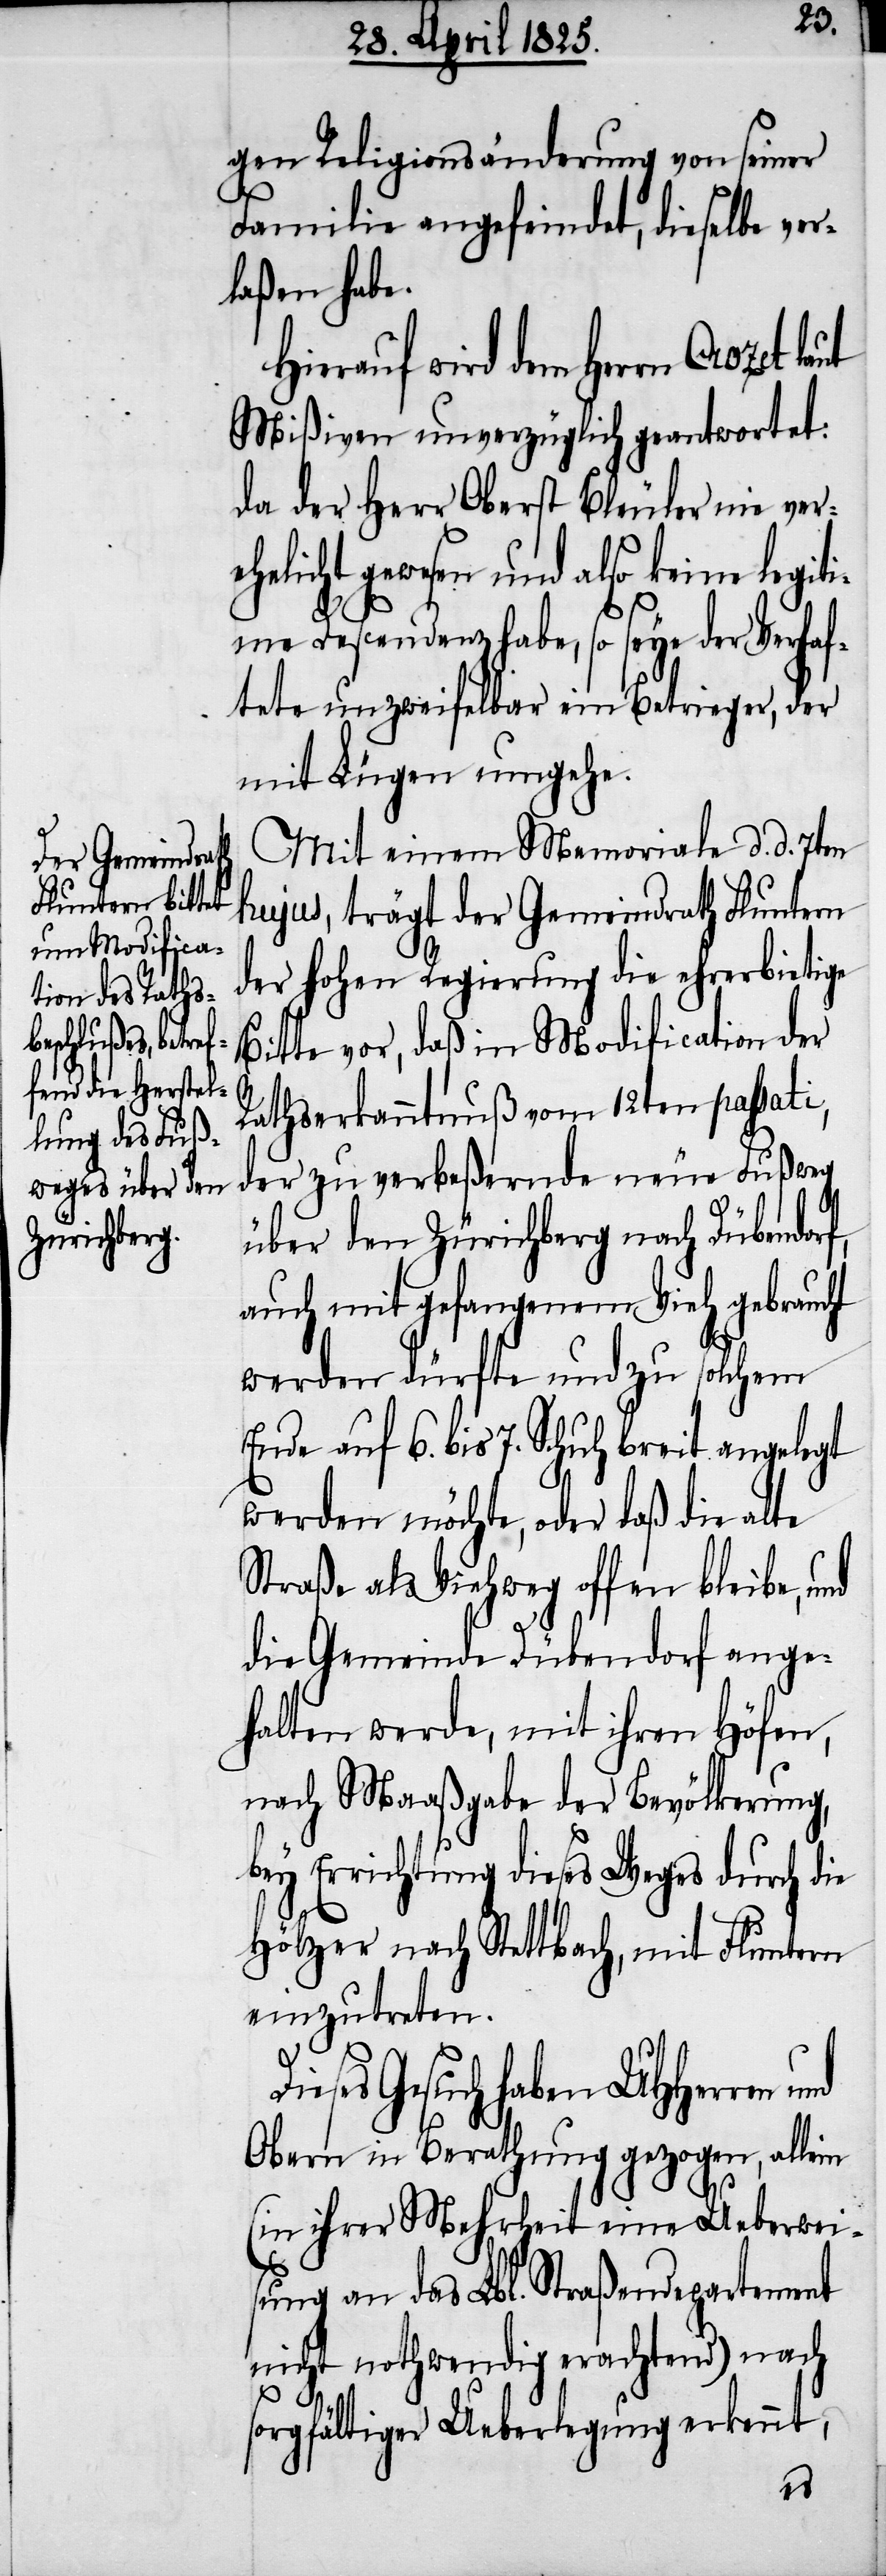
D¬

gen Religionsänderung von seiner
Familie angefeindet, dieselbe ver¬
laßen habe.
Hierauf wird dem Herrn Crozet
Mißiven unverzüglich geantwortet:
da der Herr Oberst Bleuler nie ver¬
ehelicht gewesen und also keine legiti¬
me Descendenz habe, so seye der Verhaf¬
tete unzweifelbar ein Betrieger, der
mit Lügen umgehe.
Mit einem Memoriale d. d. 7ten
hujus, trägt der Gemeindrath Fluntern
der hohen Regierung die ehrerbietige
Bitte vor, daß in Modification der
Rathserkanntnuß vom 12ten passati,
der zu verbeßernde neue Fußweg
über den Zürichberg nach Dübendorf,
auch mit gefangenem Vieh gebraucht
werden dürfte und zu solchem
Ende auf 6. bis 7. Schuh breit angelegt
werden möchte, oder daß die alte
Straße als Viehweg offen bleibe, und
die Gemeinde Dübendorf ange¬
halten werde, mit ihren Höfen,
nach Maaßgabe der Bevölkerung,
bey Errichtung dieses Weges durch die
Hölzer nach Stettbach, mit Fluntern
einzutreten.
ieses Gesuch haben UHHerren
Obern in Berathung gezogen, allein
(in ihrer Mehrheit eine Ueberwei¬
sung an das Lbl. Straßendepartement
nicht nothwendig erachtend) nach
sorgfältiger Ueberlegung erkennt,